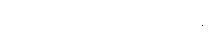
ဖြေရှင်းဆောင်ရွက်ပေးရန်